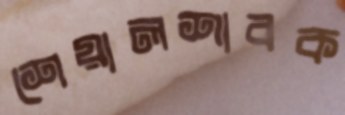
শেয়ালশাবক